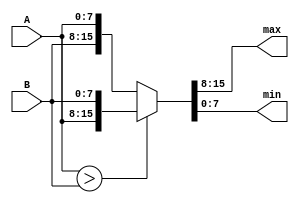
module maxmin (max,min,A,B);
  input [7:0] A,B;
  output [7:0] max,min;
  
  wire gt;
  wire [7:0] max,min;
  
  assign gt= A>B;
  assign {max,min}= gt ? {A,B} : {B,A};
endmodule